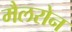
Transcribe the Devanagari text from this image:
मैलरोन